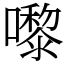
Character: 嚟